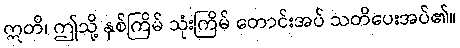
ဣတိ၊ ဤသို့ နှစ်ကြိမ် သုံးကြိမ် တောင်းအပ် သတိပေးအပ်၏။